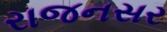
રાજનસર